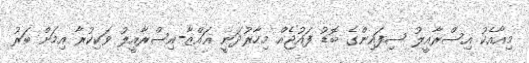
މިއާއެކު އިސްރާއީލު ސިފައިންގެ ބޮޑު ފައުޖެއް މިހާރުދަނީ ޣައްޒާ-އިސްރާއީލު ވަކިކުރާ އިމަށް ބަރު